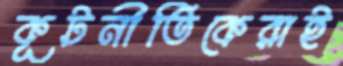
কূটনীতিকেরাই